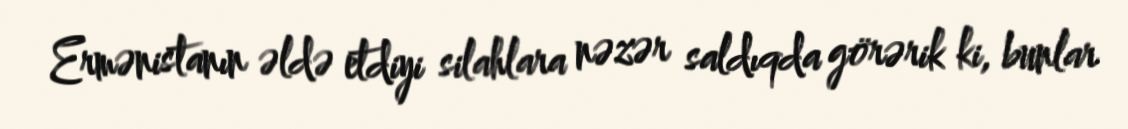
Ermənistanın əldə etdiyi silahlara nəzər saldıqda görərik ki, bunlar